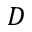
D